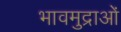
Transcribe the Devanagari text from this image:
भावमुद्राओं